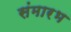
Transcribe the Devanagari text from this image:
संमारभ